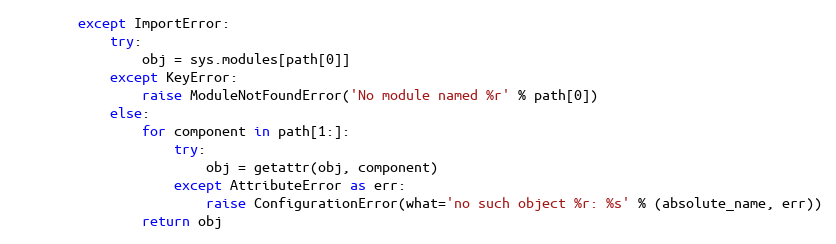
Language: Python
        except ImportError:
            try:
                obj = sys.modules[path[0]]
            except KeyError:
                raise ModuleNotFoundError('No module named %r' % path[0])
            else:
                for component in path[1:]:
                    try:
                        obj = getattr(obj, component)
                    except AttributeError as err:
                        raise ConfigurationError(what='no such object %r: %s' % (absolute_name, err))
                return obj